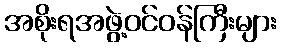
အစိုးရအဖွဲ့ဝင်ဝန်ကြီးများ